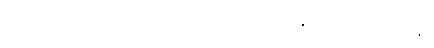
ကြွေးကြော်သံတို့ဖြင့် ဝင်လို့ အစိုးရထီများ စိတ်အနှောင့်အယှက်ဖြစ်ခြင်းနှင့်